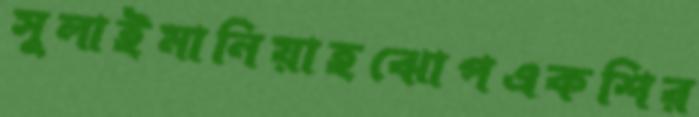
সুলাইমানিয়াহঝোপএকশির